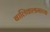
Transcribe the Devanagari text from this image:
बालिकाश्रमाच्या